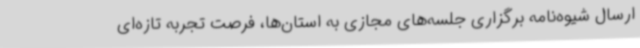
ارسال شیوه‌نامه برگزاری جلسه‌های مجازی به استان‌ها، فرصت تجربه تازه‌ای